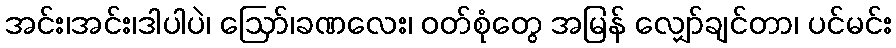
အင်း၊အင်း၊ဒါပါပဲ၊ ဩော်၊ခဏလေး၊ ဝတ်စုံတွေ အမြန် လျှော်ချင်တာ၊ ပင်မင်း